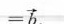
=\overrightarrow{b}$$.